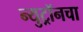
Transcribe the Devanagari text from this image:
न्युट्रॉनचा